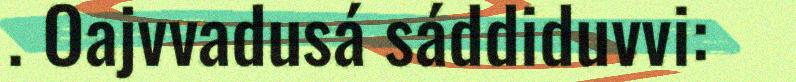
. Oajvvadusá sáddiduvvi: